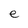
Character: e